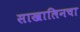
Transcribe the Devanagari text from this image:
साखालिनचा